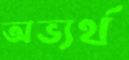
অভ্যর্থ